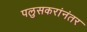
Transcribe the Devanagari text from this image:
पलुसकरांनंतर